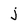
Character: j